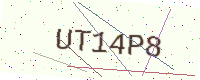
Text: UT14P8